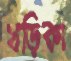
খড়িকা